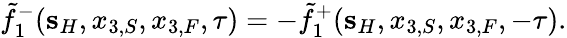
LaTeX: \tilde{f}_{1}^{-}({\mathbf s}_{H},x_{3,S},x_{3,F},\tau)=-\tilde{f}_{1}^{+}({\mathbf s}_{H},x_{3,S},x_{3,F},-\tau).